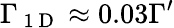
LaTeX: \Gamma_{\mathrm{~1~D~}}\approx 0.03\Gamma^{\prime}